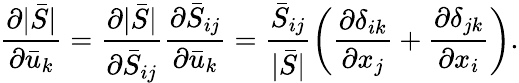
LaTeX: \frac{{\partial|\bar{S}|}}{{\partial{{\bar{u}}_{k}}}}=\frac{{\partial|\bar{S}|}}{{\partial{{\bar{S}}_{ij}}}}\frac{{\partial{{\bar{S}}_{ij}}}}{{\partial{{\bar{u}}_{k}}}}=\frac{{{{\bar{S}}_{ij}}}}{{|\bar{S}|}}\left({\frac{{\partial{\delta_{ik}}}}{{\partial{x_{j}}}}+\frac{{\partial{\delta_{jk}}}}{{\partial{x_{i}}}}}\right).